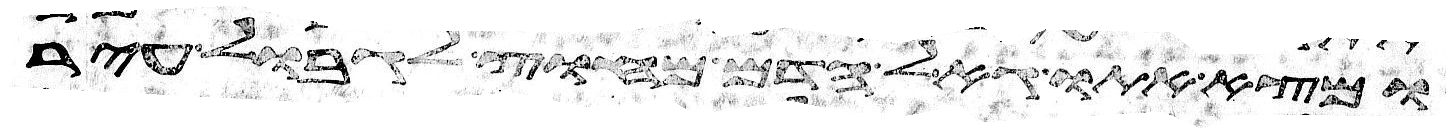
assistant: ומצא אתו גאל הדם מחוץ לגבול עיר